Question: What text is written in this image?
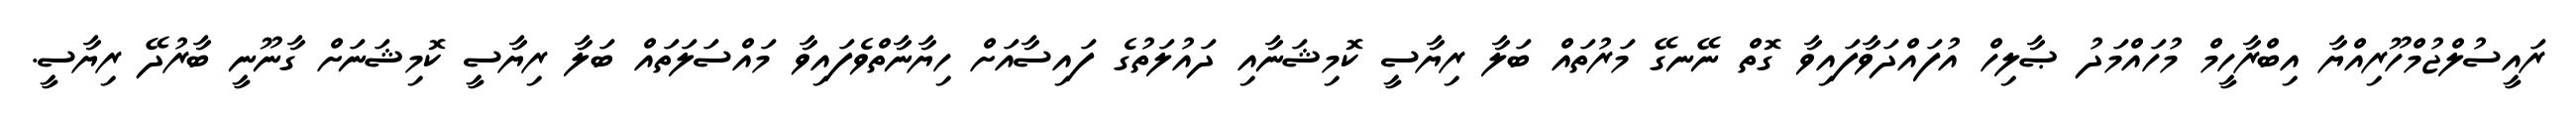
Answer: ރައީސުލްޖުމްހޫރިއްޔާ އިބްރާހީމް މުހައްމަދު ޞާލިހް އުފައްދަވާފައިވާ ގޮތް ނޭނގޭ މަރުތައް ބަލާ ރިޔާސީ ކޮމިޝަނާއި ދައުލަތުގެ ފައިސާއަށް ހިޔާނާތްވެފައިވާ މައްސަލަތައް ބަލާ ރިޔާސީ ކޮމިޝަނަށް ގާނޫނީ ބާރުދޭ ރިޔާސީ.